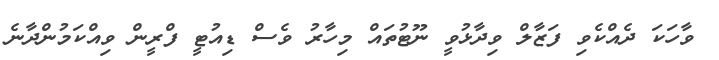
ވާހަކަ ދެއްކެވި ފަޒާލް ވިދާޅުވީ ނޫޓުތައް މިހާރު ވެސް ޑިއުޓީ ފްރީން ވިއްކަމުންދާނެ